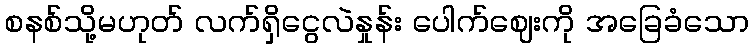
စနစ်သို့မဟုတ် လက်ရှိငွေလဲနှုန်း ပေါက်ဈေးကို အခြေခံသော